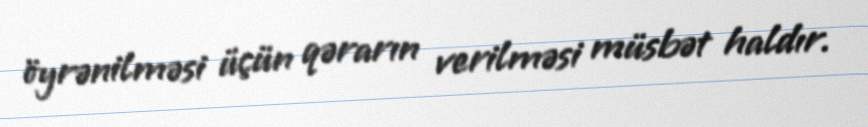
öyrənilməsi üçün qərarın verilməsi müsbət haldır.